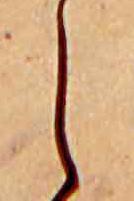
し